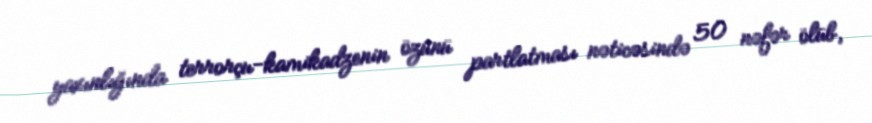
yaxınlığında terrorçu-kamikadzenin özünü partlatması nəticəsində 50 nəfər ölüb,